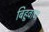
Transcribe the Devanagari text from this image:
बिहूवाण